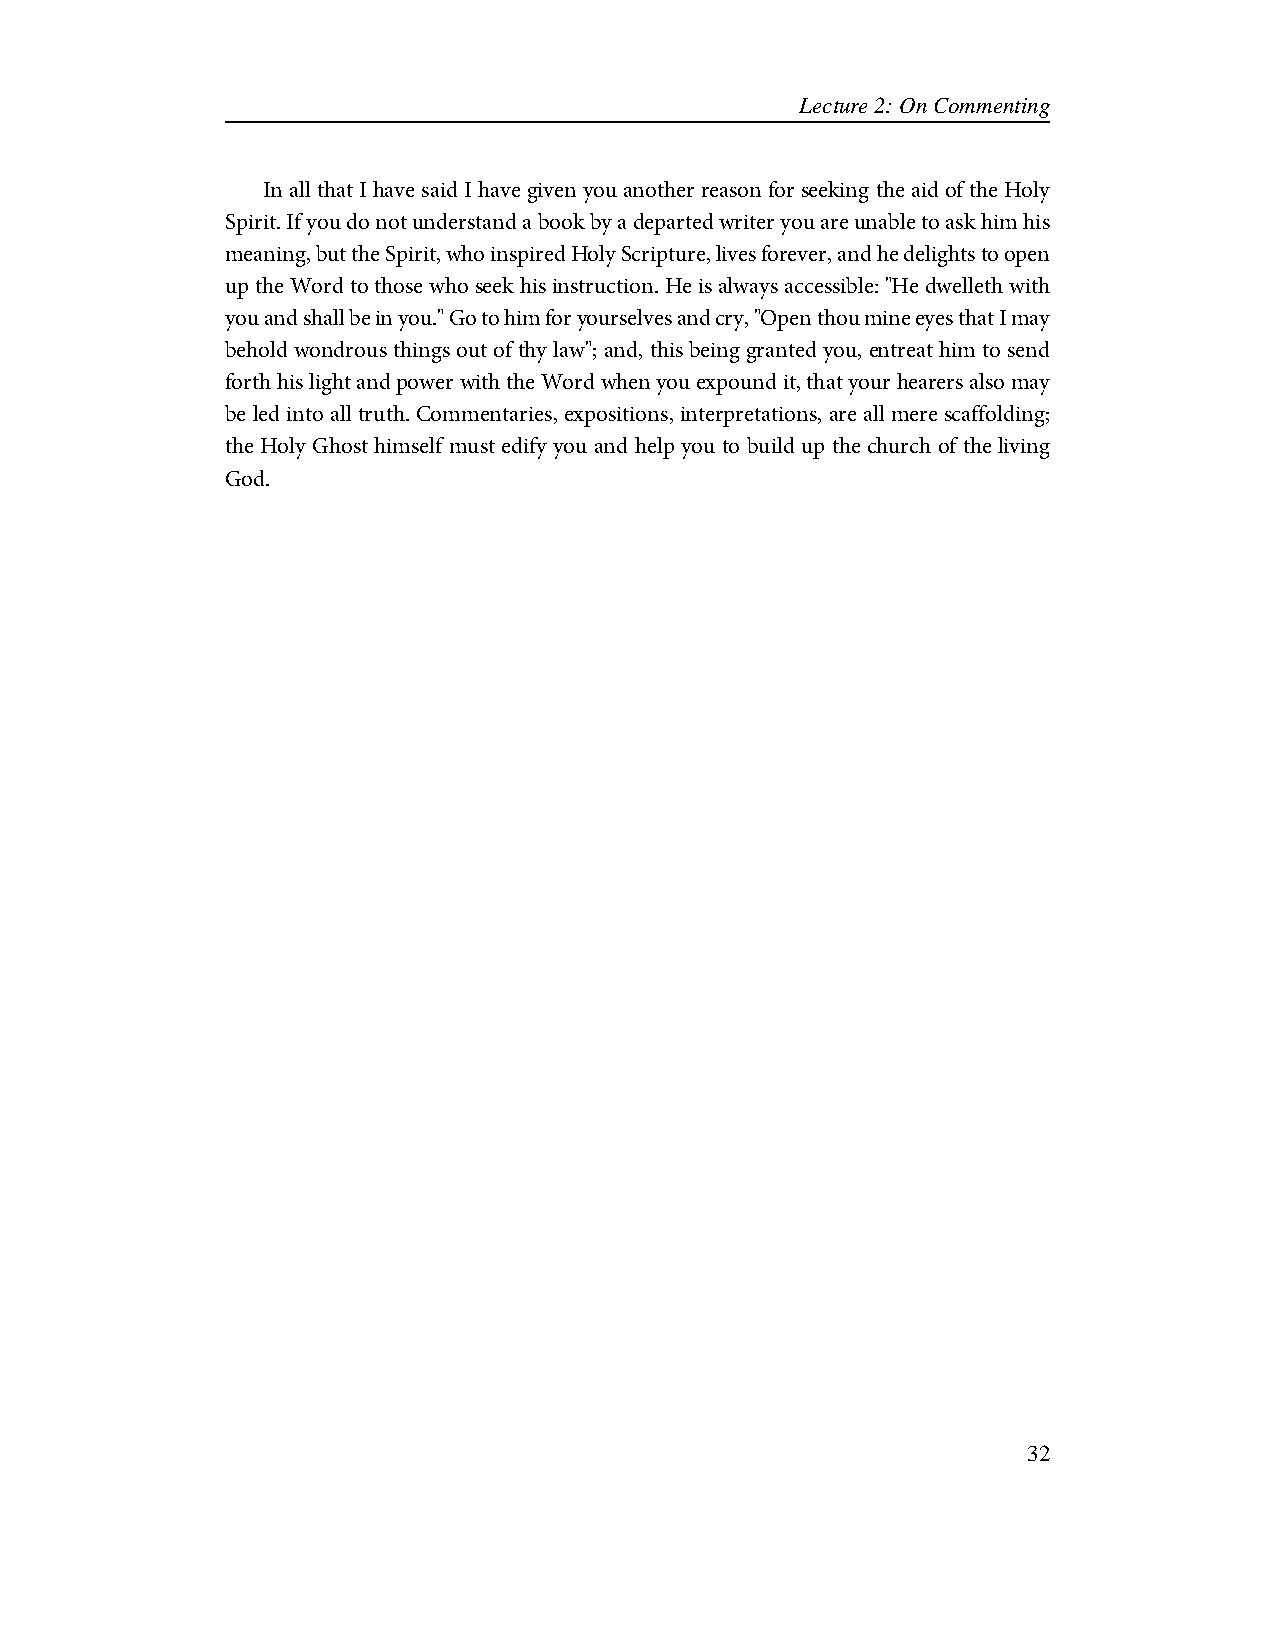
Lecture 2: On Commenting
 In all that I have said I have given you another reason for seeking the aid of the Holy
 Spirit. If you do not understand a book by a departed writer you are unable to ask him his
 meaning, but the Spirit, who inspired Holy Scripture, lives forever, and he delights to open
 up the Word to those who seek his instruction. He is always accessible: "He dwelleth with
 you and shall be in you." Go to him for yourselves and cry, "Open thou mine eyes that I may
 behold wondrous things out of thy law"; and, this being granted you, entreat him to send
 forth his light and power with the Word when you expound it, that your hearers also may
 be led into all truth. Commentaries, expositions, interpretations, are all mere scaffolding;
 the Holy Ghost himself must edify you and help you to build up the church of the living
 God.
 32